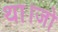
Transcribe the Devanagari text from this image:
था।जो